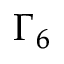
\Gamma _ { 6 }